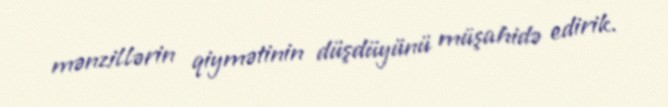
mənzillərin qiymətinin düşdüyünü müşahidə edirik.